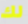
لك